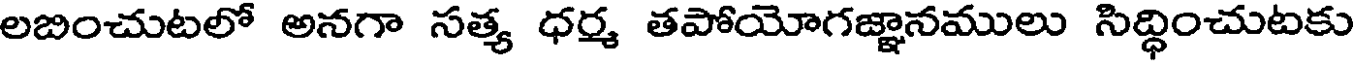
లబించుటలో అనగా సత్య ధర్మ తపోయోగజ్ఞానములు సిద్ధించుటకు